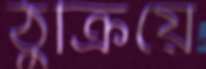
ঠুক্‌রিয়ে